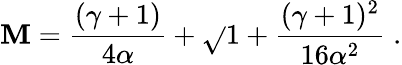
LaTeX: \mathbf{M}={\frac{{(\gamma+1)}}{{4\alpha}}}+\sqrt{}{{1+{\frac{{(\gamma+1)^{2}}}{{16\alpha^{2}}}}}}\; .